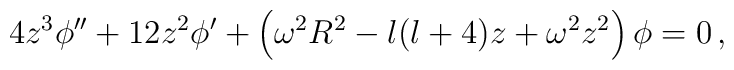
4 z^3 \phi '' + 12 z^2 \phi ' + \left( \omega^2 R^2 - l(l+4) z + \omega^2 z^2 \right) \phi = 0 \,,